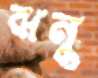
ঝনু